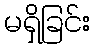
မရှိခြင်း